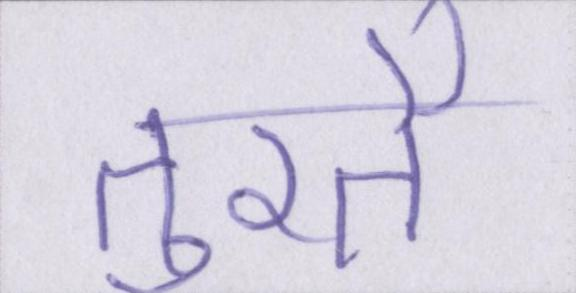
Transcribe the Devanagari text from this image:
तुरतै